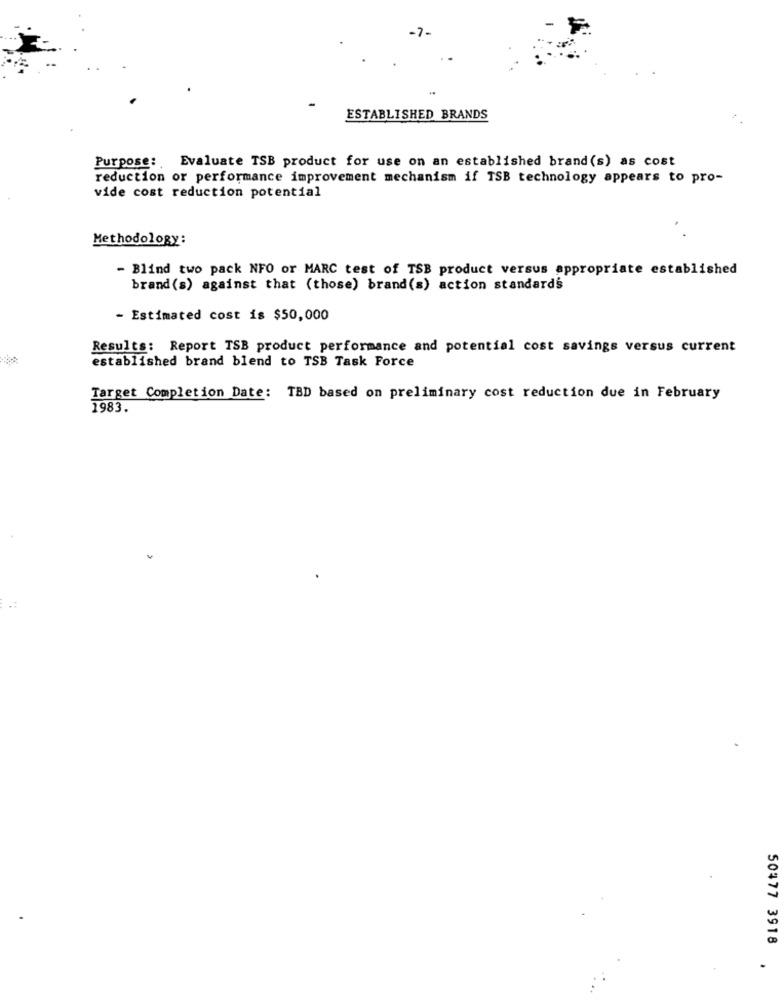
-7-
ESTABLISHED BRANDS
Purpose: Evaluate TSB product for use on an established brand(s) as cost
reduction or performance improvement mechanism if TSB technology appears to pro-
vide cost reduction potential
Methodology:
- Blind two pack NFO or MARC test of TSB product versus appropriate established
brand (s) against that (those) brand(s) action standards
- Estimated cost is $50,000
Results: Report TSB product performance and potential cost savings versus current
established brand blend to TSB Task Force
Target Completion Date: TBD based on preliminary cost reduction due in February
1983.
50477 3918